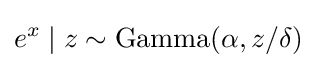
e^{x}\mid z\sim {\text{Gamma}}(\alpha ,z/\delta )